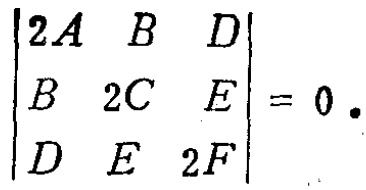
$\begin{vmatrix}
2A & B & D \\
B & 2C & E \\
D & E & 2F
\end{vmatrix}=0.$